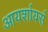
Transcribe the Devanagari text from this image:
आयर्शायर्स